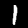
Label: 1